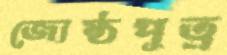
জ্যেষ্ঠপুত্র